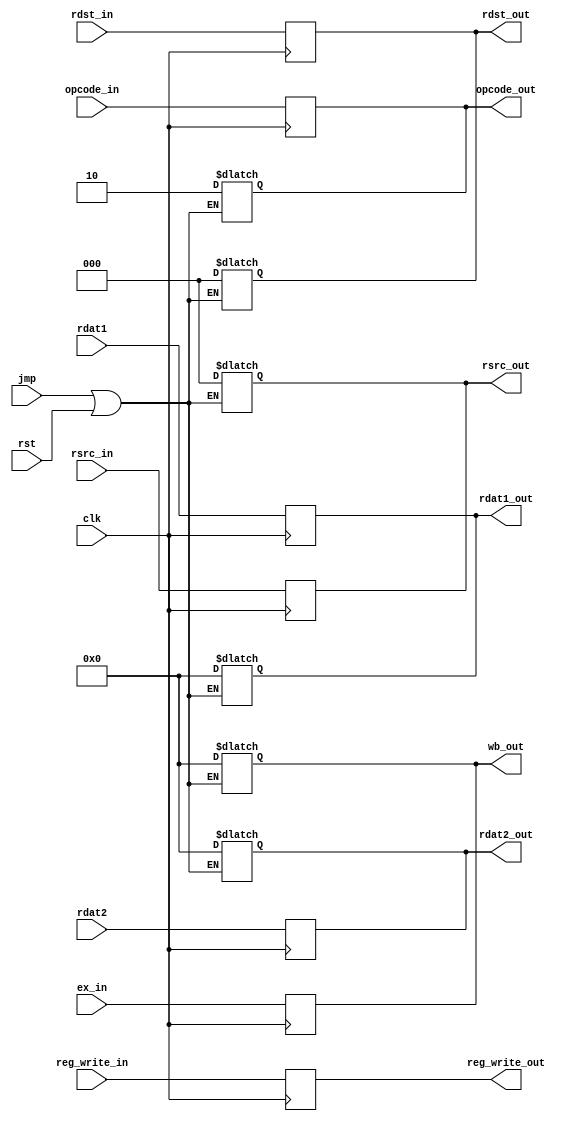
`timescale 1ns / 1ps
//////////////////////////////////////////////////////////////////////////////////
// EX/WB Register
//
//////////////////////////////////////////////////////////////////////////////////


module ex_wb_reg(
    input clk,
    input rst,
    input jmp,
    input [7:0] ex_in,
    input [2:0] rdst_in,
    input [2:0] rsrc_in,
    input [1:0] opcode_in,
    input reg_write_in,
    input [7:0] rdat1,
    input [7:0] rdat2,
    output reg reg_write_out,
    output reg [2:0] rdst_out,
    output reg [2:0] rsrc_out,
    output reg [1:0] opcode_out,
    output reg [7:0] rdat1_out,
    output reg [7:0] rdat2_out,
    output reg [7:0] wb_out
    );
    
    always@(jmp, rst)
    begin
    if(jmp == 1 || rst == 1)
    begin
    wb_out <= 0;
    rdat1_out <= 0;
    rdat2_out <= 0;
    opcode_out <= 2'b10;
    rdst_out <= 3'b0;
    rsrc_out <= 3'b0;
    end
    end
    
    always@(posedge clk)
    begin
    reg_write_out <= reg_write_in;
    wb_out <= ex_in;
    rdat1_out <= rdat1;
    rdat2_out <= rdat2;
    rdst_out <= rdst_in;
    rsrc_out <= rsrc_in;
    opcode_out <= opcode_in;
    end
    
endmodule